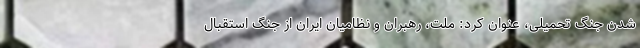
شدن جنگ تحمیلی، عنوان کرد: ملت، رهبران و نظامیان ایران از جنگ استقبال